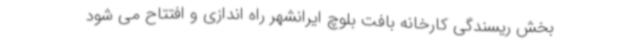
بخش ریسندگی کارخانه بافت بلوچ ایرانشهر راه اندازی و افتتاح می شود